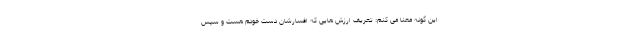
این گونه معنا می کنم: تعریف ارزش هایی که افسارشان دست خودم هست و سپس